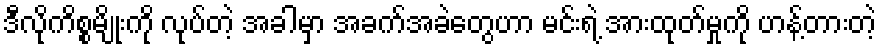
ဒီလိုကိစ္စမျိုးကို လုပ်တဲ့ အခါမှာ အခက်အခဲတွေဟာ မင်းရဲ့ အားထုတ်မှုကို ဟန့်တားတဲ့